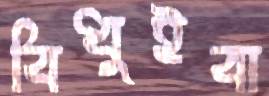
বিধুইবা